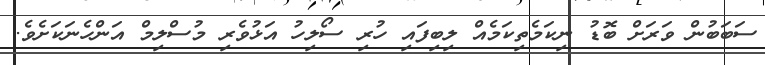
ސަބަބުން ވަރަށް ބޮޑު ނިކަމެތިކަމެއް ލިބިފައި ހުރި ސޯލިހު އަޅުވެރި މުސްލިމް އަންހެނަކަށެވެ.